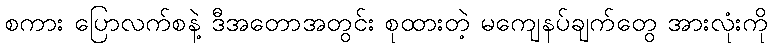
စကား ပြောလက်စနဲ့ ဒီအတောအတွင်း စုထားတဲ့ မကျေနပ်ချက်တွေ အားလုံးကို